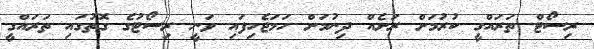
ރިސޯޓް ތަރައްގީ ކުރުމަށް ރަށެއް ދިނުމަށް ހަމަޖެހިފައި ވަނީ ރިސޯޓުގެ ގޮތުގައި ތަރައްގީ